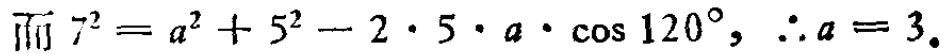
$7^{2}=a^{2}+5^{2}-2\cdot5\cdot a\cdot\cos120^{\circ},\therefore a = 3$